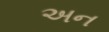
અન